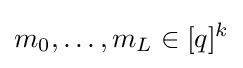
m_{0},\ldots ,m_{L}\in [q]^{k}